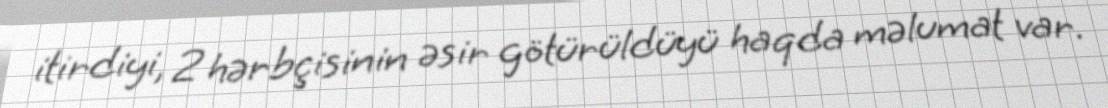
itirdiyi, 2 hərbçisinin əsir götürüldüyü haqda məlumat var.